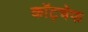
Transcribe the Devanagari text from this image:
कॉट्चेफ